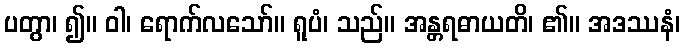
ပတွာ၊ ၍။ ဝါ၊ ရောက်လသော်။ ရူပံ၊ သည်။ အန္တရဓာယတိ၊ ၏။ အဒဿနံ၊